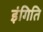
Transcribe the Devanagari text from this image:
इंगिति